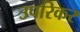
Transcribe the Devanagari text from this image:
उपरिकर